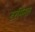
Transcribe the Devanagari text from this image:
टरमिनल